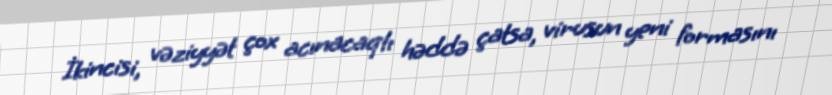
İkincisi, vəziyyət çox acınacaqlı həddə çatsa, virusun yeni formasını